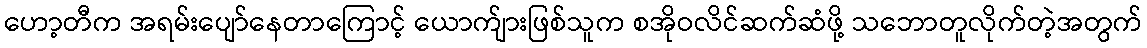
ဟော့တီက အရမ်းပျော်နေတာကြောင့် ယောက်ျားဖြစ်သူက စအိုဝလိင်ဆက်ဆံဖို့ သဘောတူလိုက်တဲ့အတွက်